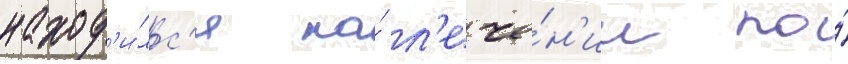
наход'и́лс'я на́ л'ече́н'ии по́